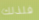
فلذلك